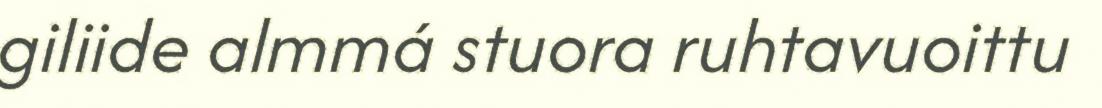
giliide almmá stuora ruhtavuoittu